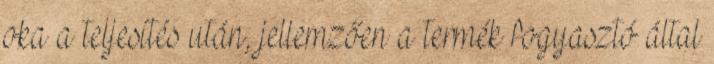
oka a teljesítés után, jellemzően a termék fogyasztó által